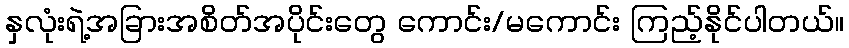
နှလုံးရဲ့အခြားအစိတ်အပိုင်းတွေ ကောင်း/မကောင်း ကြည့်နိုင်ပါတယ်။